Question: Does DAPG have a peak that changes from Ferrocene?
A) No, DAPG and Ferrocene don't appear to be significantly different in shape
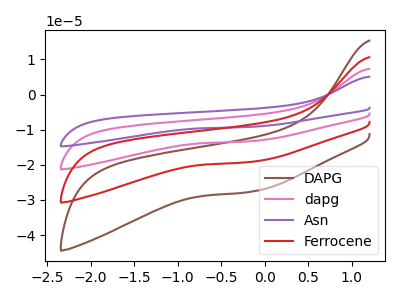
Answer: <think>The brown curve "DAPG" has no peaks. The pink curve "dapg" has no peaks. The purple curve "Asn" has no peaks. The red curve "Ferrocene" has no peaks.
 Neither "DAPG" or "Ferrocene" have any peaks.</think>
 <answer>A) No, "DAPG" and "Ferrocene" don't appear to be significantly different in shape</answer>
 <eval>A</eval>